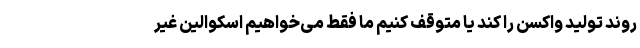
روند تولید واکسن را کند یا متوقف کنیم ما فقط می‌خواهیم اسکوالین غیر